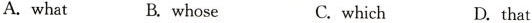
A.what B.whose C. which D.that